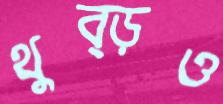
থুব্‌ড়ও